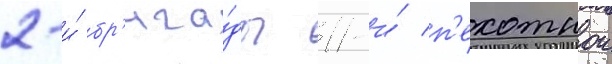
2-и́ бр'ига́ды 11-и́ п'ехотнои